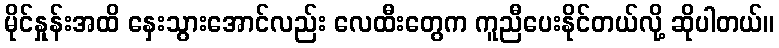
မိုင်နှုန်းအထိ နှေးသွားအောင်လည်း လေထီးတွေက ကူညီပေးနိုင်တယ်လို့ ဆိုပါတယ်။